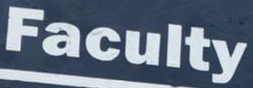
Faculty